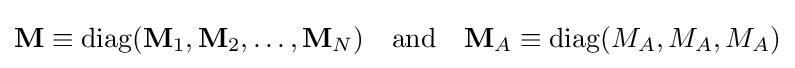
\mathbf {M} \equiv \operatorname {diag} (\mathbf {M} _{1},\mathbf {M} _{2},\ldots ,\mathbf {M} _{N})\quad {\textrm {and}}\quad \mathbf {M} _{A}\equiv \operatorname {diag} (M_{A},M_{A},M_{A})